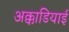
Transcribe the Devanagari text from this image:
अक्काडियाई